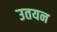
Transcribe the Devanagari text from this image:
उतयन